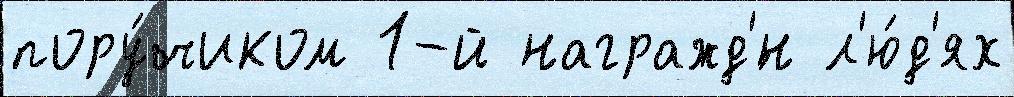
пору́чиком 1-й награжд'́н л'ю́д'ях